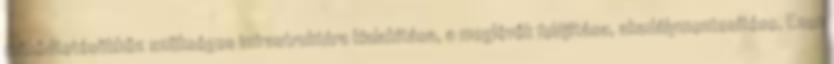
működtetésükhöz szükséges infrastruktúra kialakítása, a meglévők felújítása, akadálymentesítése. Ezen